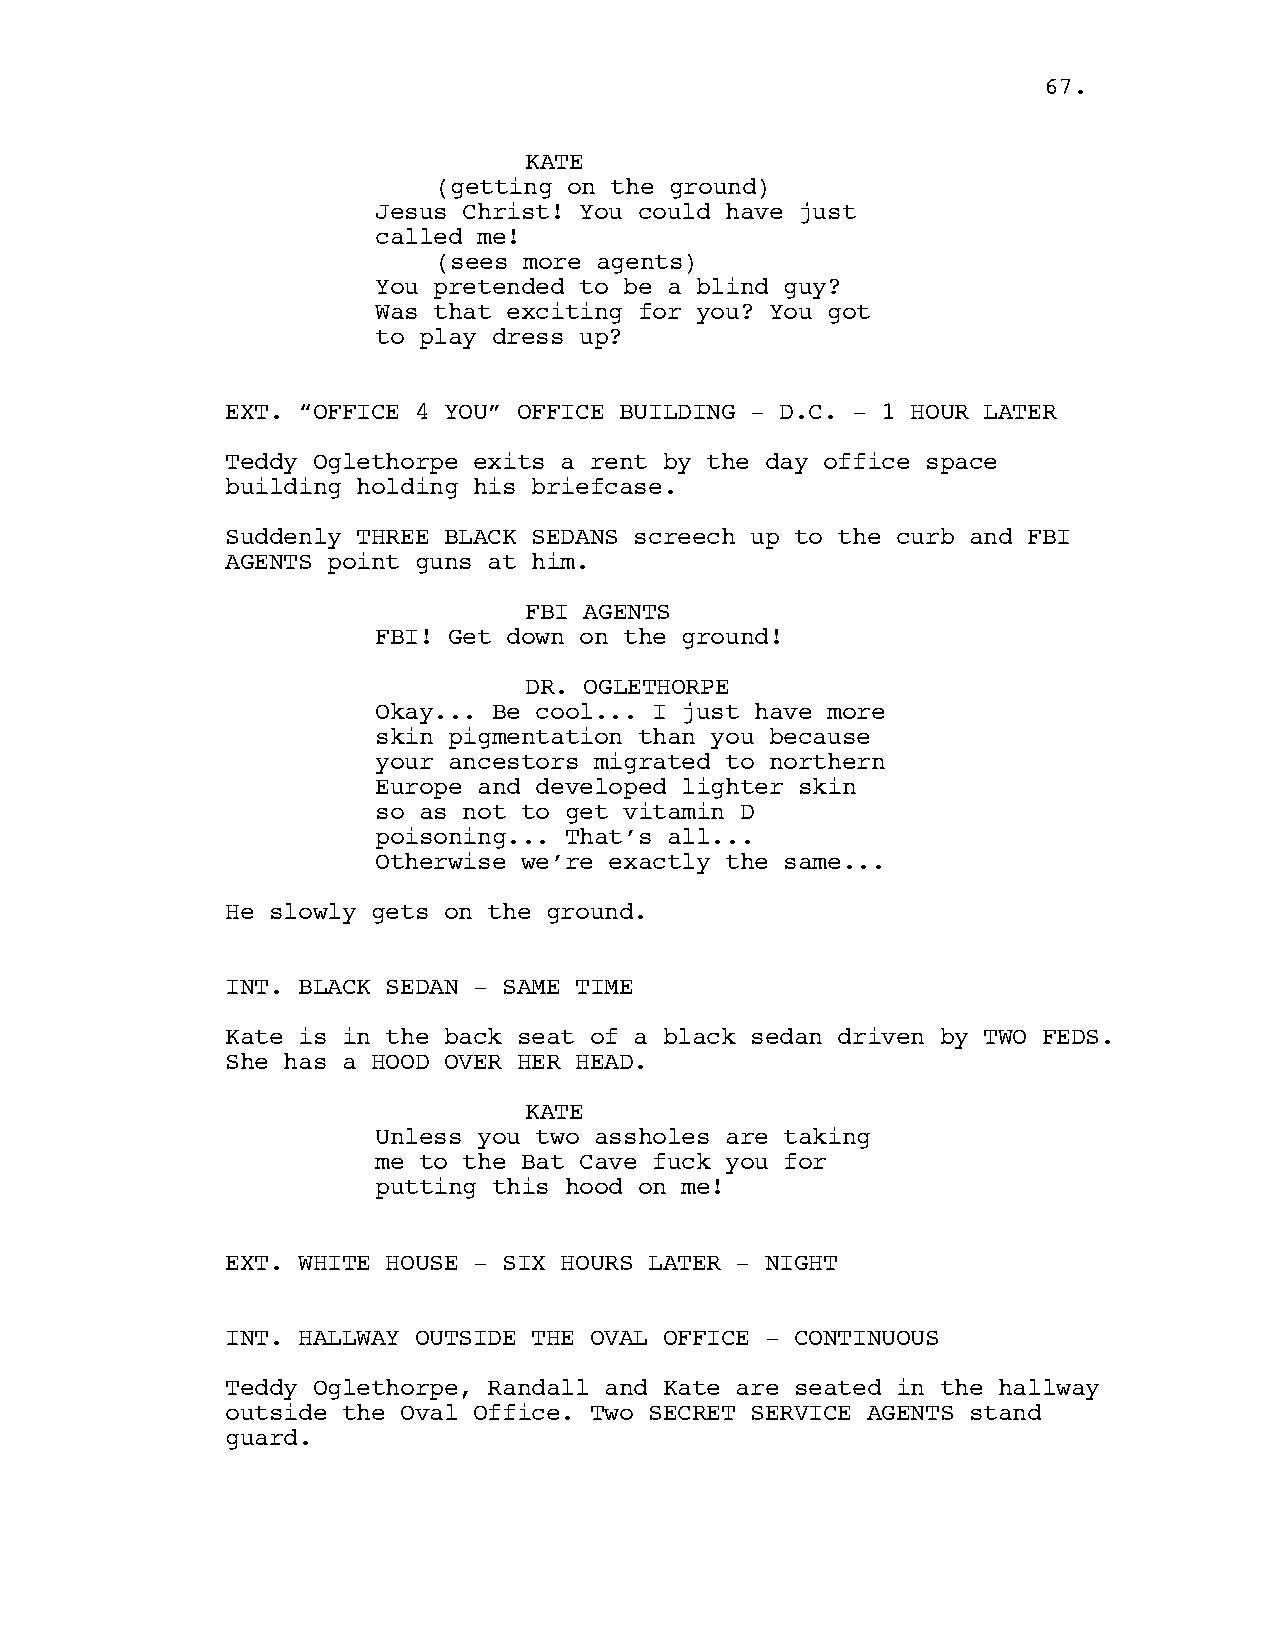
6677..
 KATE
 (getting on the ground)
 Jesus Christ! You could have just
 called me!
 (sees more agents)
 You pretended to be a blind guy?
 Was that exciting for you? You got
 to play dress up?
 EXT. “OFFICE 4 YOU” OFFICE BUILDING - D.C. - 1 HOUR LATER
 Teddy Oglethorpe exits a rent by the day office space
 building holding his briefcase.
 Suddenly THREE BLACK SEDANS screech up to the curb and FBI
 AGENTS point guns at him.
 FBI AGENTS
 FBI! Get down on the ground!
 DR. OGLETHORPE
 Okay... Be cool... I just have more
 skin pigmentation than you because
 your ancestors migrated to northern
 Europe and developed lighter skin
 so as not to get vitamin D
 poisoning... That’s all...
 Otherwise we’re exactly the same...
 He slowly gets on the ground.
 INT. BLACK SEDAN - SAME TIME
 Kate is in the back seat of a black sedan driven by TWO FEDS.
 She has a HOOD OVER HER HEAD.
 KATE
 Unless you two assholes are taking
 me to the Bat Cave fuck you for
 putting this hood on me!
 EXT. WHITE HOUSE - SIX HOURS LATER - NIGHT
 INT. HALLWAY OUTSIDE THE OVAL OFFICE - CONTINUOUS
 Teddy Oglethorpe, Randall and Kate are seated in the hallway
 outside the Oval Office. Two SECRET SERVICE AGENTS stand
 guard.